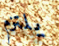
يلتزم